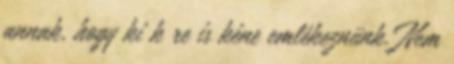
annak, hogy ki k re is kéne emlékeznünk. Nem